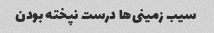
سیب زمینی‌ها درست نپخته بودن